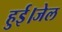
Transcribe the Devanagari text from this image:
हुई।जेल